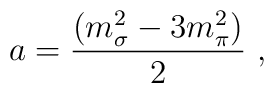
a= \frac {(m_\sigma^2-3m_\pi^2)} {2}\,\,,